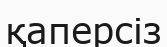
қаперсіз